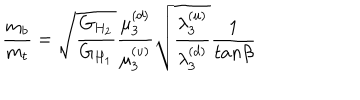
{ \frac { m _ { b } } { m _ { t } } } = { \sqrt { \frac { G _ { H _ { 2 } } } { G _ { H _ { 1 } } } } } { \frac { \mu _ { 3 } ^ { ( d ) } } { \mu _ { 3 } ^ { ( u ) } } } { \sqrt { \frac { \lambda _ { 3 } ^ { ( u ) } } { \lambda _ { 3 } ^ { ( d ) } } } } { \frac { 1 } { t a n \beta } }